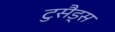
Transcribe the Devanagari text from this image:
टुसैड्स